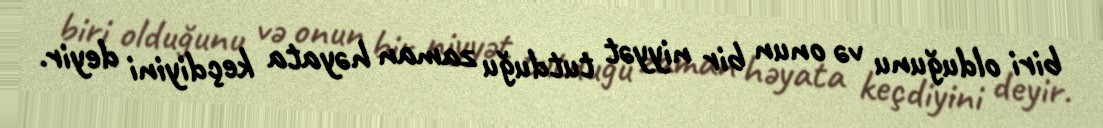
biri olduğunu və onun bir niyyət tutduğu zaman həyata keçdiyini deyir.